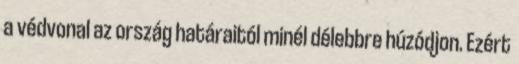
a védvonal az ország határaitól minél délebbre húzódjon. Ezért